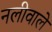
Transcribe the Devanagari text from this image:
नलीवाले